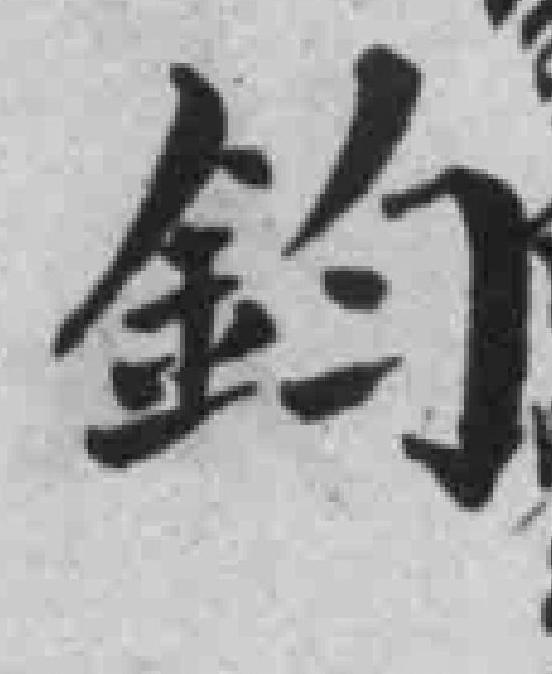
鈞